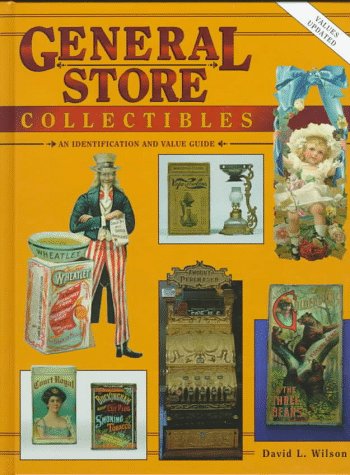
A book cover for General Store Collectibles; David L. Wilson; Crafts, Hobbies & Home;